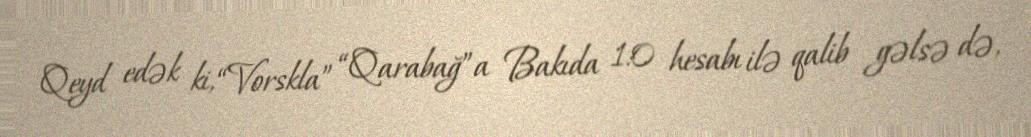
Qeyd edək ki, “Vorskla” “Qarabağ”a Bakıda 1:0 hesabı ilə qalib gəlsə də,